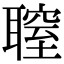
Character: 䏄